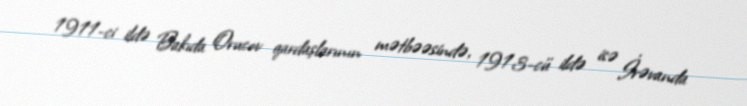
1911-ci ildə Bakıda Orucov qardaşlarının mətbəəsində, 1913-cü ildə isə İrəvanda